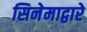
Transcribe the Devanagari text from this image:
सिनेमाद्वारे